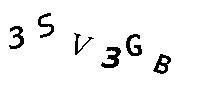
3SV3GB